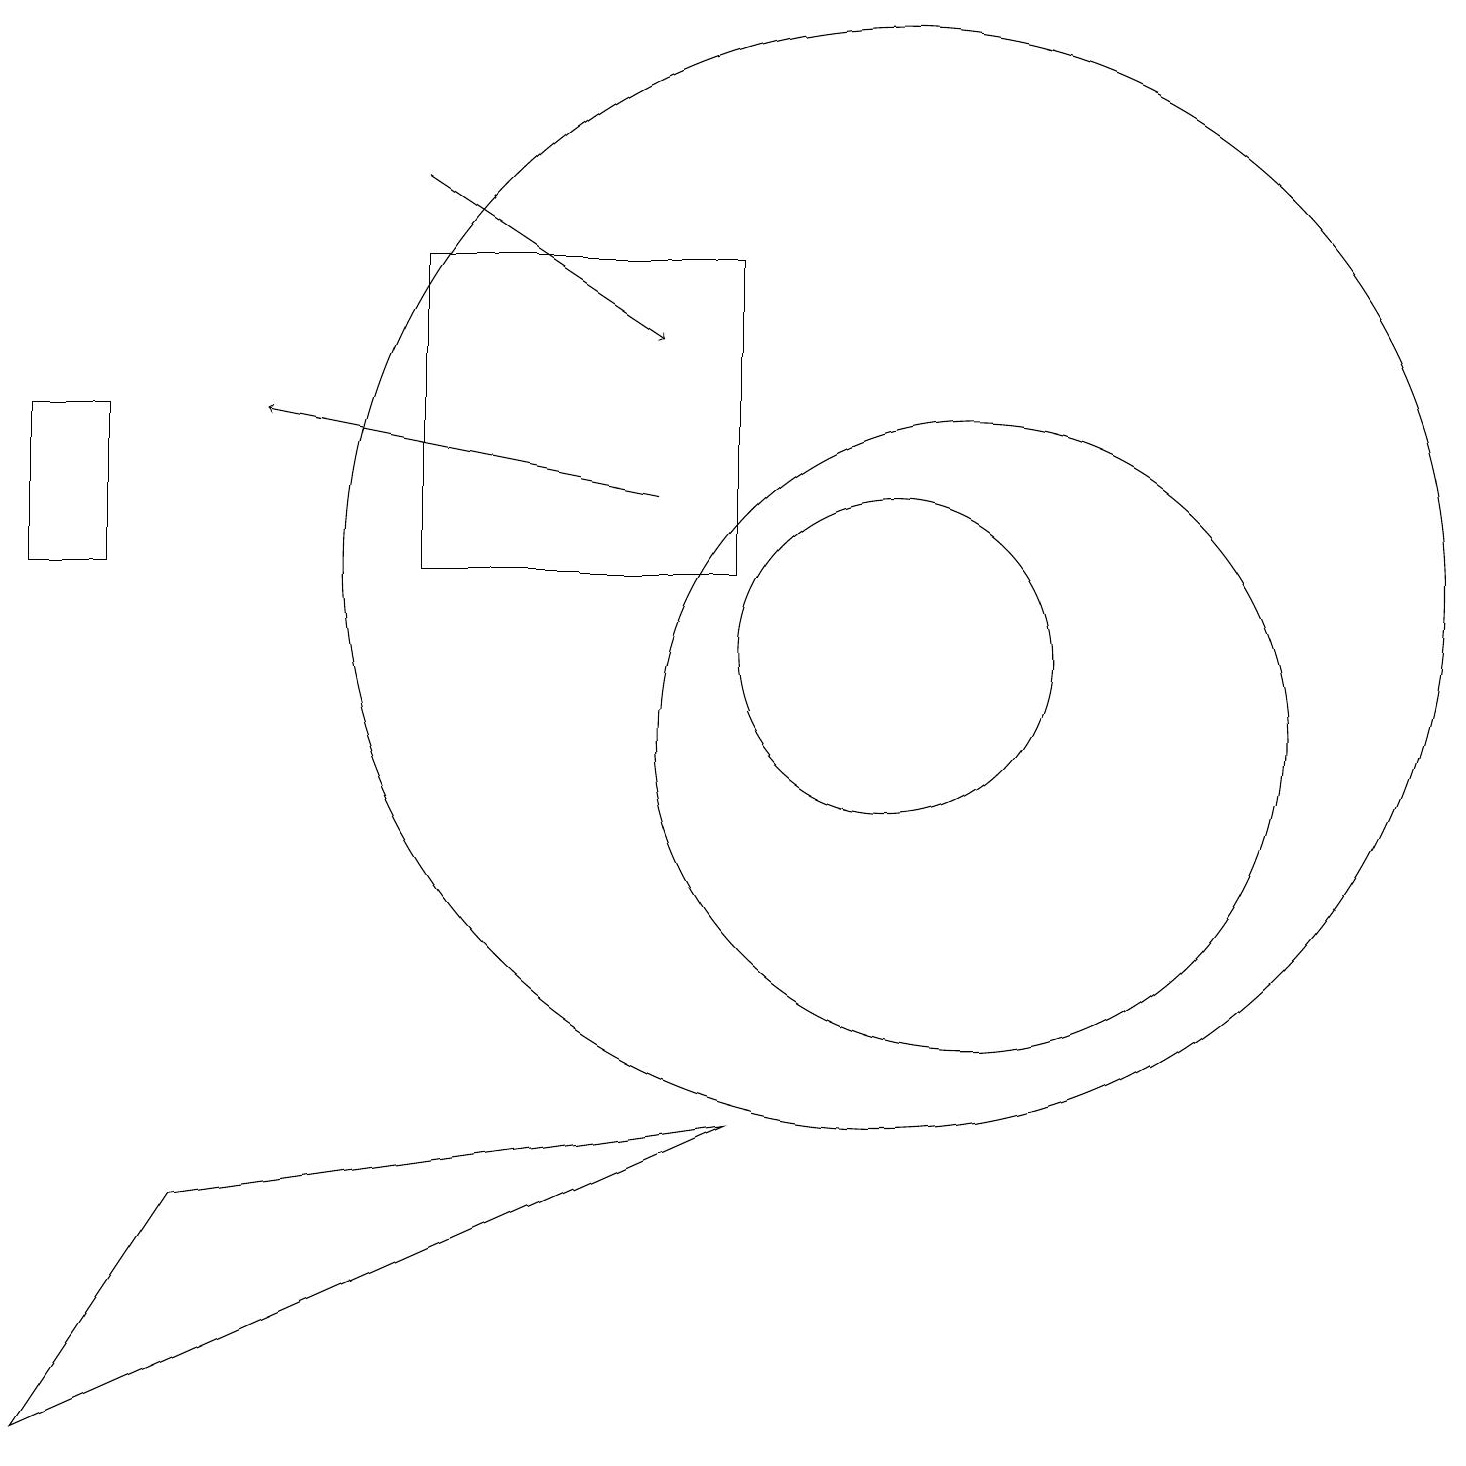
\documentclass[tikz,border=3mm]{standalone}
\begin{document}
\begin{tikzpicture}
\draw (11,12) circle (7);
\draw (11,11) circle (2);
\draw (12,10) circle (4);
\draw (2,4) -- (0,1) -- (9,5) -- cycle;
\draw (9,16) rectangle (5,12);
\draw[->] (5,17) -- (8,15);
\draw (0,12) rectangle (1,14);
\draw[->] (8,13) -- (3,14);
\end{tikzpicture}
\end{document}